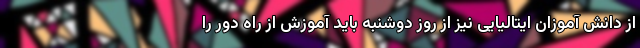
از دانش آموزان ایتالیایی نیز از روز دوشنبه باید آموزش از راه دور را